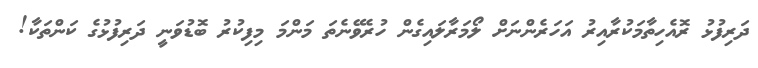
ދަރިފުޅު ރޮއެހިތާމަކުރާއިރު އަހަރެންނަށް ލޯމަރާލައިގެން ހުރެވޭނެތަ މަންމަ މިފިކުރު ބޮޑުވަނީ ދަރިފުޅުގެ ކަންތަކާ!